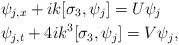
LaTeX: \begin{align*} & \psi_{j,x}+ik[\sigma_3,\psi_j]=U\psi_{j} \\ & \psi_{j,t}+4ik^3[\sigma_3,\psi_j]=V\psi_{j},\end{align*}